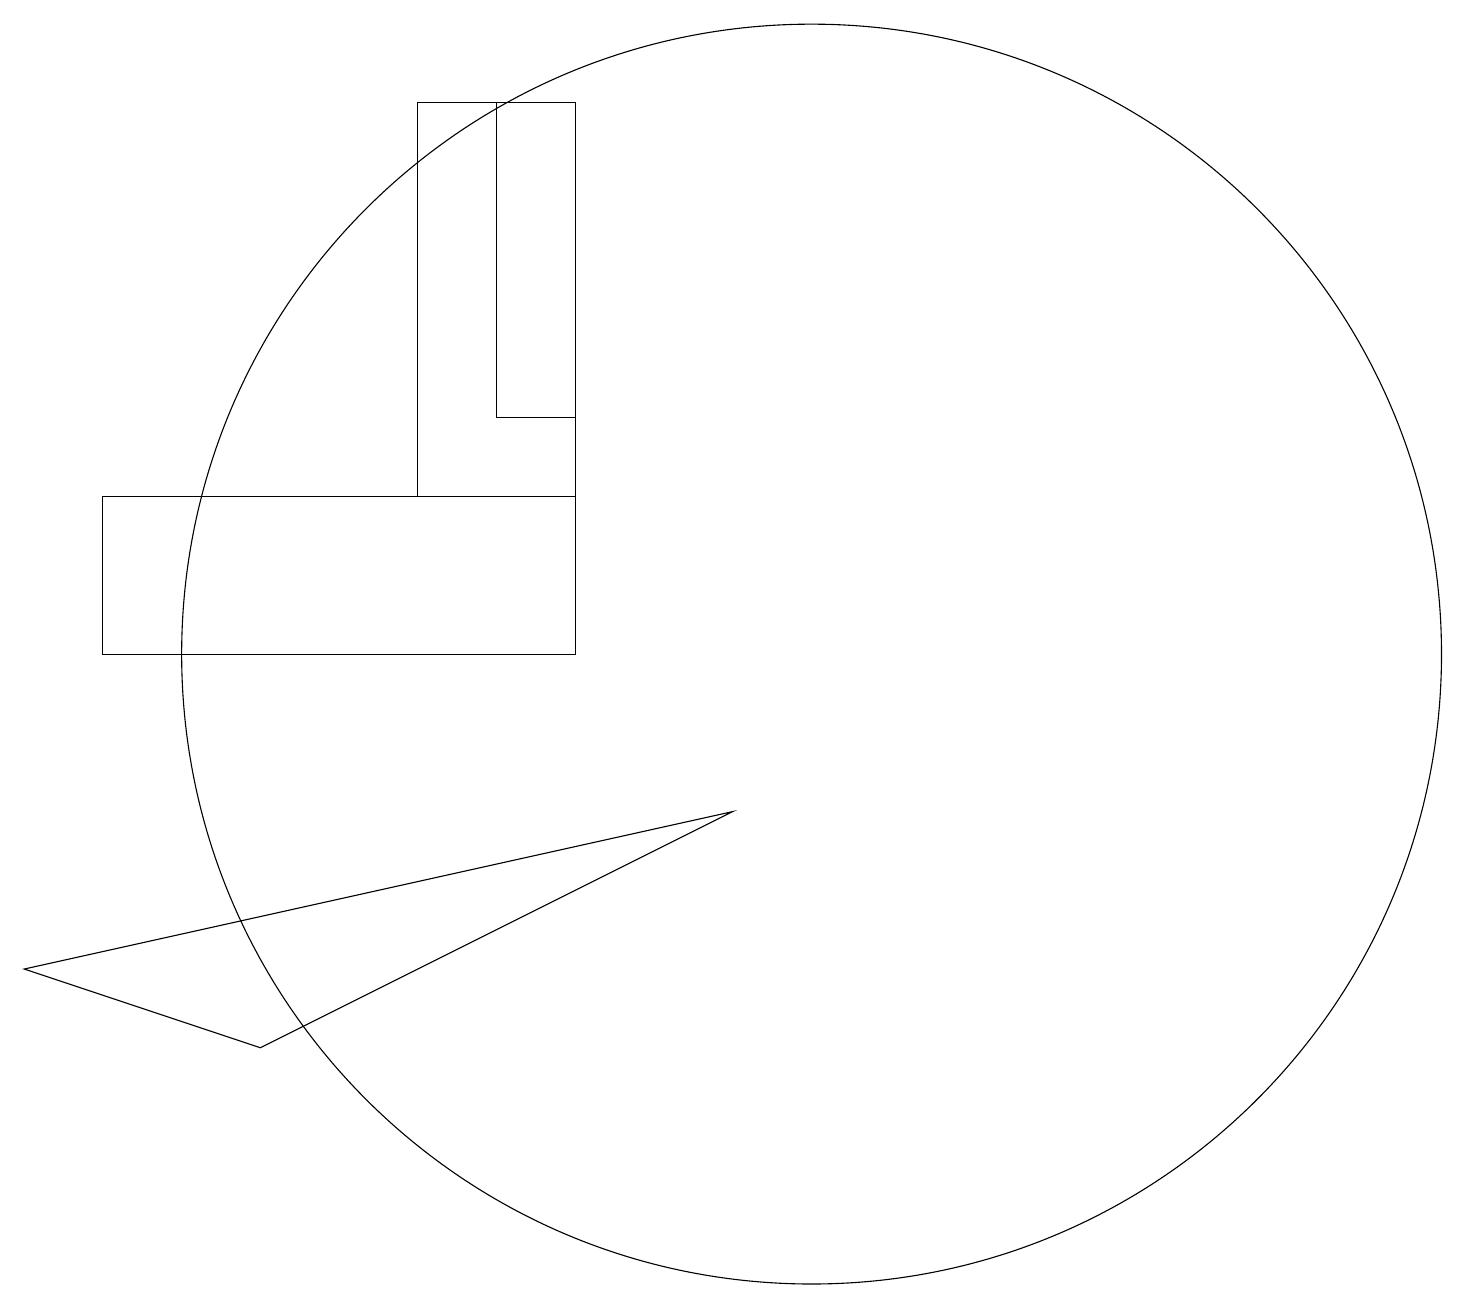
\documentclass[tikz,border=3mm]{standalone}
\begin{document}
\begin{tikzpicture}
\draw (6,17) rectangle (7,13);
\draw (10,10) circle (8);
\draw (7,12) rectangle (1,10);
\draw (5,17) rectangle (7,12);
\draw (0,6) -- (9,8) -- (3,5) -- cycle;
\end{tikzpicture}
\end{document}